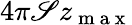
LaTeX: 4\pi\mathscr{S}z_{\mathrm{{~m~a~x~}}}